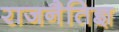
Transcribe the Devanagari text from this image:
राजनैतिज्ञ